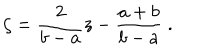
\zeta = { \frac { 2 } { b - a } } z - { \frac { a + b } { b - a } } \; .